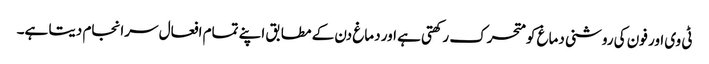
ٹی وی اور فون کی روشنی دماغ کو متحرک رکھتی ہے اور دماغ دن کے مطابق اپنے تمام افعال سرانجام دیتا ہے۔